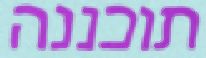
תוכננה